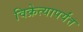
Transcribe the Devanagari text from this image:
विक्रेत्यापर्यंत